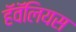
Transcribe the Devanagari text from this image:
हॅवॅलियस